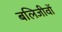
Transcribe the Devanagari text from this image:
बलिजीवों